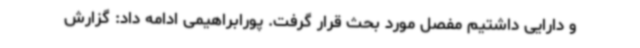
و دارایی داشتیم مفصل مورد بحث قرار گرفت. پورابراهیمی ادامه داد: گزارش